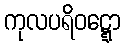
ကုလပရိဝဋ္ဋော